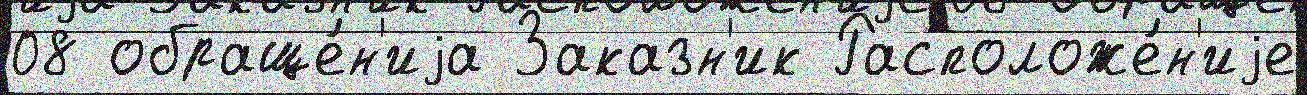
08 обраще́н'иjа Заказн'ик Расположе́н'иjе